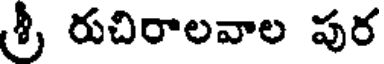
శ్రీ రుచిరాలవాల పుర